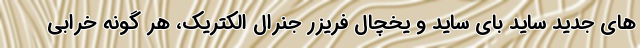
های جدید ساید بای ساید و یخچال فریزر جنرال الکتریک، هر گونه خرابی